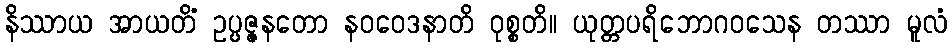
နိဿာယ အာယတိံ ဥပ္ပဇ္ဇနတော နဝဝေဒနာတိ ဝုစ္စတိ။ ယုတ္တပရိဘောဂဝသေန တဿာ မူလံ